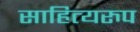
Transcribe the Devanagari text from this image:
साहित्यरुप